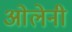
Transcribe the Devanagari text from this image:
ओलेनी